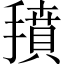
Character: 𱠱